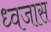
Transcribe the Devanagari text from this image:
ध्वजास